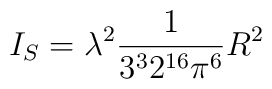
I_S = \lambda^2 \frac{1}{3^32^{16}\pi^6}R^2